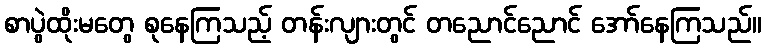
စာပွဲထိုးမတွေ စုနေကြသည့် တန်းလျားတွင် တညောင်ညောင် အော်နေကြသည်။